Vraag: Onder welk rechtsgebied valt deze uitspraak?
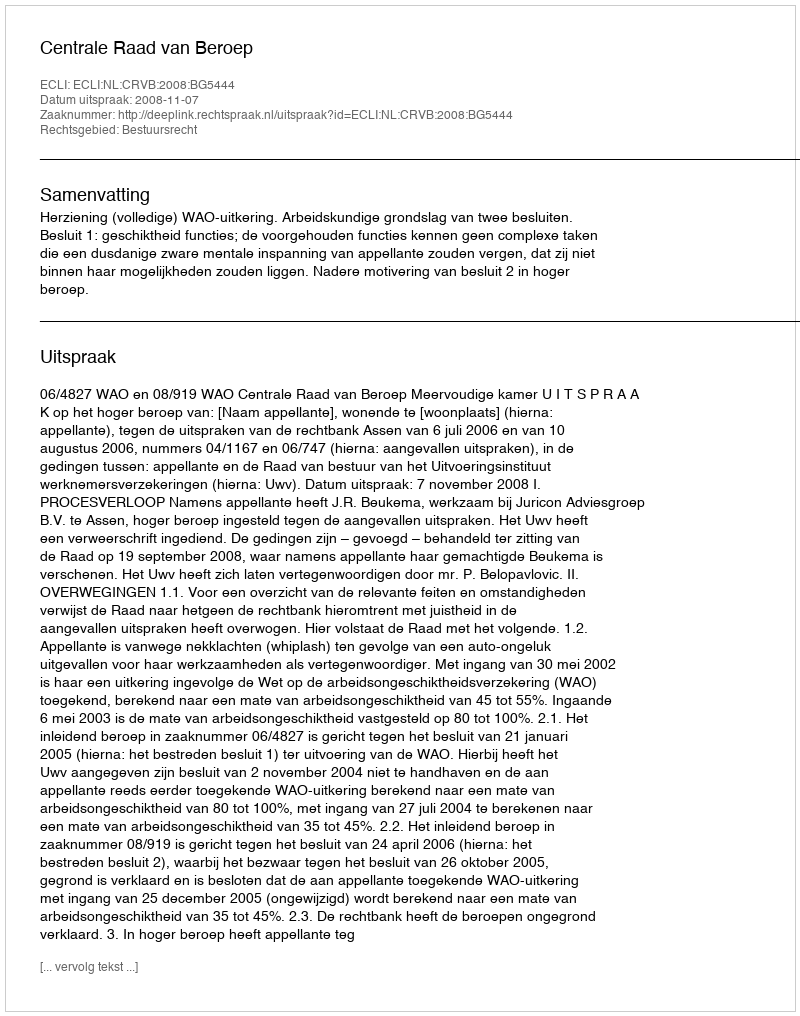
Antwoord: Bestuursrecht